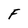
Character: F